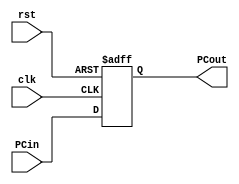
module PC(PCout, PCin, clk, rst);
  output reg [31:0]PCout;
	input [31:0]PCin;
	input clk;
	input rst;
	
	initial
		begin
		PCout = 0;    //Initialise the output register
		end
	
	always @(posedge clk, negedge rst)
		begin
    if(!rst)    
			PCout <= 0;    //Active Low Reset
		else
			begin
			PCout <= PCin;
			end
		end
endmodule